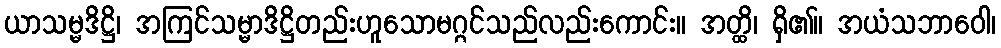
ယာသမ္မဒိဋ္ဌိ၊ အကြင်သမ္မာဒိဋ္ဌိတည်းဟူသောမဂ္ဂင်သည်လည်းကောင်း။ အတ္ထိ၊ ရှိ၏။ အယံသဘာဝေါ၊